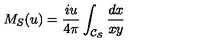
M _ { S } ( u ) = \frac { i u } { 4 \pi } \int _ { \cal C _ { S } } \frac { d x } { x y }